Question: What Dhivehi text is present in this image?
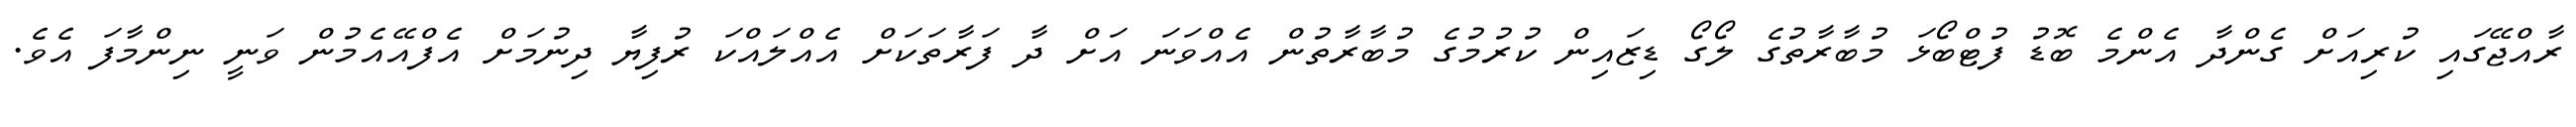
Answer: ރާއްޖޭގައި ކުރިއަށް ގެންދާ އެންމެ ބޮޑު ފުޓްބޯޅަ މުބާރާތުގެ ލޯގޯ ޑިޒައިން ކުރުމުގެ މުބާރާތުން އެއްވަނަ އަށް ދާ ފަރާތަކަށް އެއްލައްކަ ރުފިޔާ ދިނުމަށް އެފްއޭއެމުން ވަނީ ނިންމާފަ އެވެ.